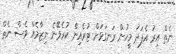
ނެތް އިރު އެފަދަ މީހުން ރަނގަޅަށް ޓުރެއިން ކުރެވޭނެ ނިޒާމެއް ވެސް ނެތް